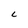
Character: C